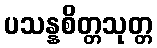
ပသန္နစိတ္တသုတ္တ